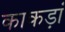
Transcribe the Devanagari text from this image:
काकड़ां